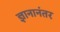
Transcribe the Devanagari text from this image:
ज्ञानानंतर